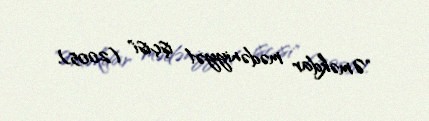
"Əməkdar mədəniyyət işçisi" (2005).